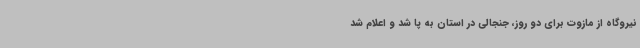
نیروگاه از مازوت برای دو روز، جنجالی در استان به پا شد و اعلام شد